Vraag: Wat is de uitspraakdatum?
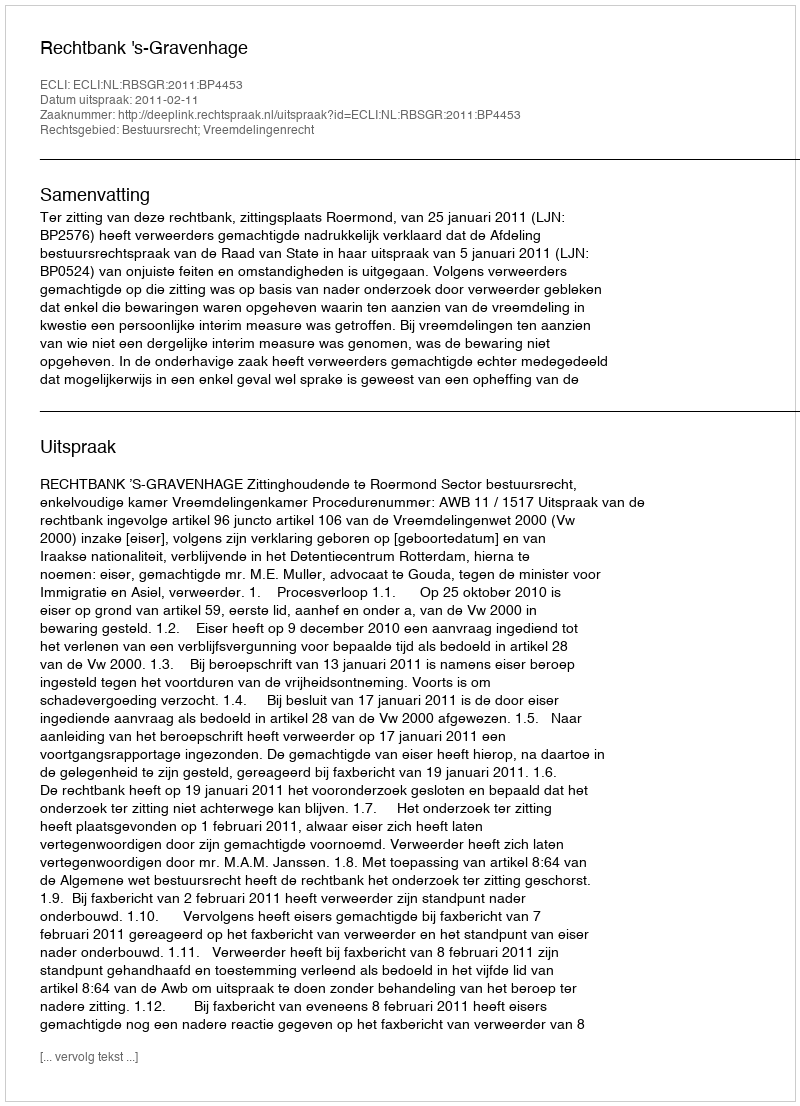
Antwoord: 2011-02-11